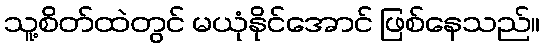
သူ့စိတ်ထဲတွင် မယုံနိုင်အောင် ဖြစ်နေသည်။